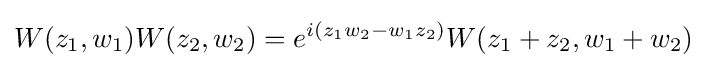
W(z_{1},w_{1})W(z_{2},w_{2})=e^{i(z_{1}w_{2}-w_{1}z_{2})}W(z_{1}+z_{2},w_{1}+w_{2})